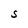
Character: S